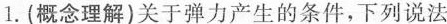
1.(概念理解)关于弹力产生的条件，下列说法